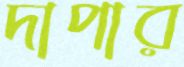
দাপার